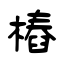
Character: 樁